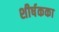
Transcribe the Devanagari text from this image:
शीर्षकका